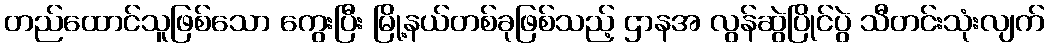
တည်ထောင်သူဖြစ်သော ကွေးပြီး မြို့နယ်တစ်ခုဖြစ်သည့် ဌာနအ လွန်ဆွဲပြိုင်ပွဲ သီတင်းသုံးလျက်